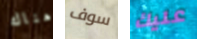
هناك سوف عليك